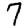
Digit: 7